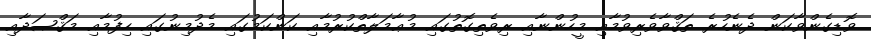
ވޮޑިގެންވާކަން ދެނެހުރެ ތަޤްވާވެރިވުމާއި މީހުންނާއި ރިވެތިގޮތުގައި މުޢާމަލާތްކުރުމާއި ކަންކަމުގައި މެދުމިނުގައި ހިފުމާއި މަޤްޞަދާއި